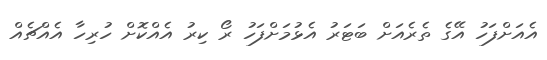
އެއަށްފަހު އޭގެ ތެރެއަށް ބަޓަރު އެޅުމަށްފަހު ރޯ ކިރު އެއްކޮށް ހުރިހާ އެއްޗެއް